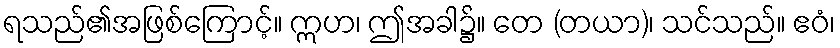
ရသည်၏အဖြစ်ကြောင့်။ ဣဟ၊ ဤအခါ၌။ တေ (တယာ)၊ သင်သည်။ ဧဝံ၊